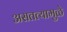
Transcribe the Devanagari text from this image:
असतत्यामुळे